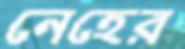
নেহের